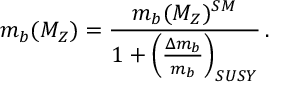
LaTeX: m _ { b } ( M _ { Z } ) = \frac { m _ { b } ( M _ { Z } ) ^ { S M } } { 1 + \left( \frac { \Delta m _ { b } } { m _ { b } } \right) _ { S U S Y } } \, .